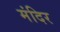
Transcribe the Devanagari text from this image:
मंदिर